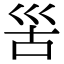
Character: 𡿵